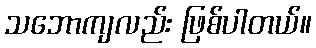
သဘောကျလည်း ဖြစ်ပါတယ်။